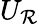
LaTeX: U_{\mathcal{R}}